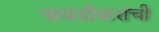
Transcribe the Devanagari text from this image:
नावडीकरांची